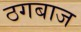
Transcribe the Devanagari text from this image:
ठगबाज